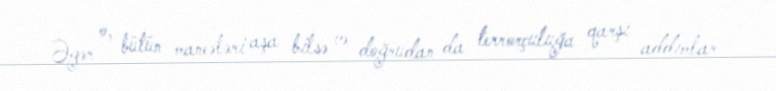
Əgər o, bütün maneələri aşa bilsə və doğrudan da terrorçuluğa qarşı addımlar